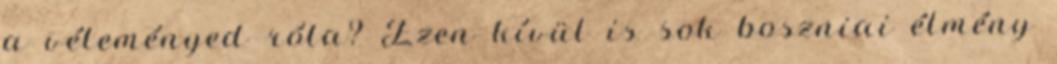
a véleményed róla? Ezen kívül is sok boszniai élmény